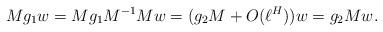
LaTeX: \begin{align*}Mg_1w = Mg_1M^{-1} Mw = (g_2 M + O(\ell^H)) w=g_2Mw.\end{align*}